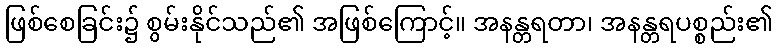
ဖြစ်စေခြင်း၌ စွမ်းနိုင်သည်၏ အဖြစ်ကြောင့်။ အနန္တရတာ၊ အနန္တရပစ္စည်း၏